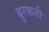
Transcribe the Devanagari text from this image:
बुरकनी